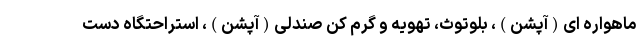
ماهواره ای(آپشن)، بلوتوث، تهویه و گرم کن صندلی(آپشن)، استراحتگاه دست